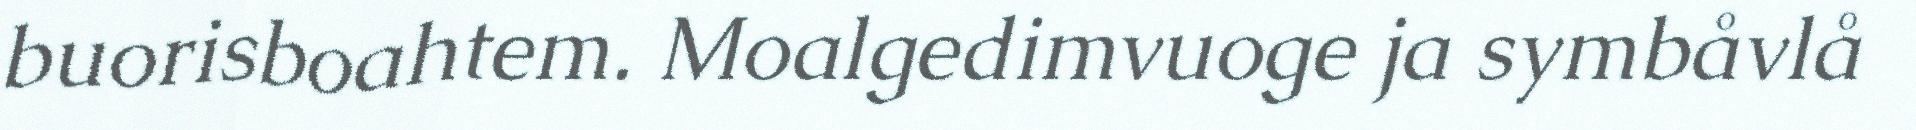
buorisboahtem. Moalgedimvuoge ja symbåvlå